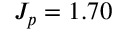
J _ { p } = 1 . 7 0